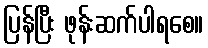
ပြန်ပြီး ဖုန်းဆက်ပါရစေ။